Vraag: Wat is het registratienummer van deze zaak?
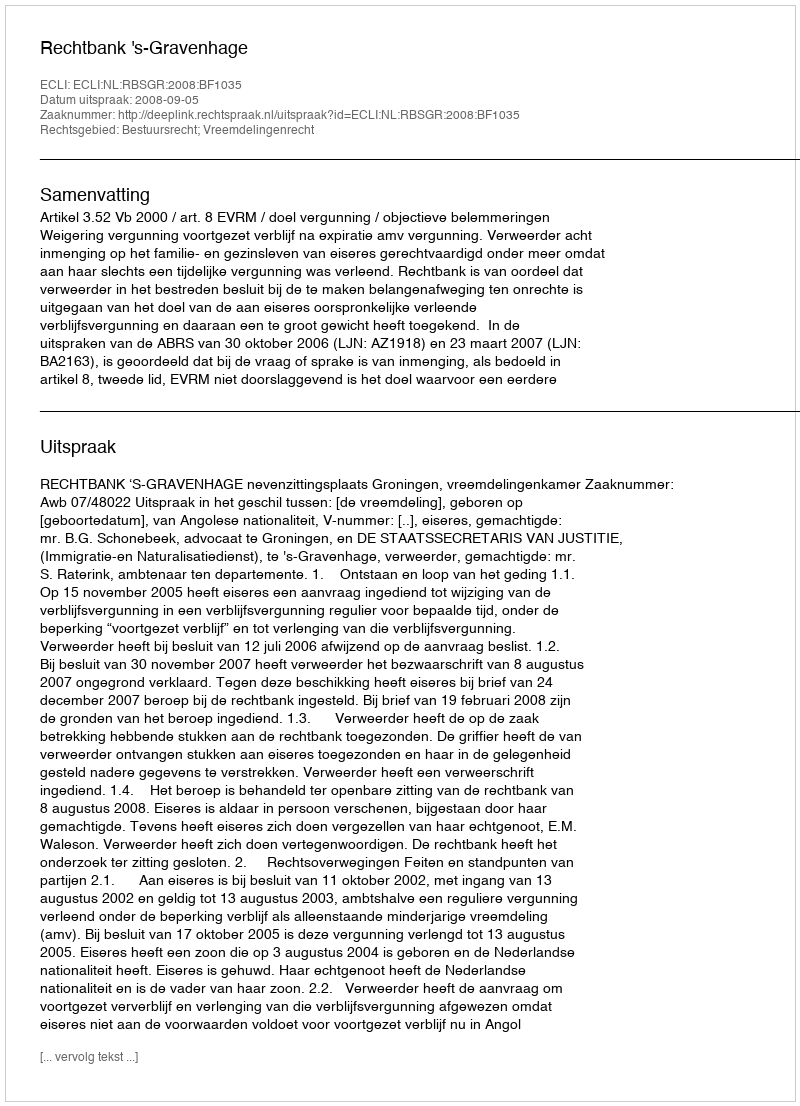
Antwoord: http://deeplink.rechtspraak.nl/uitspraak?id=ECLI:NL:RBSGR:2008:BF1035